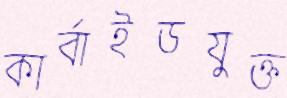
কার্বাইডযুক্ত